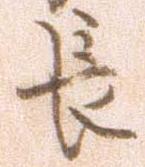
長